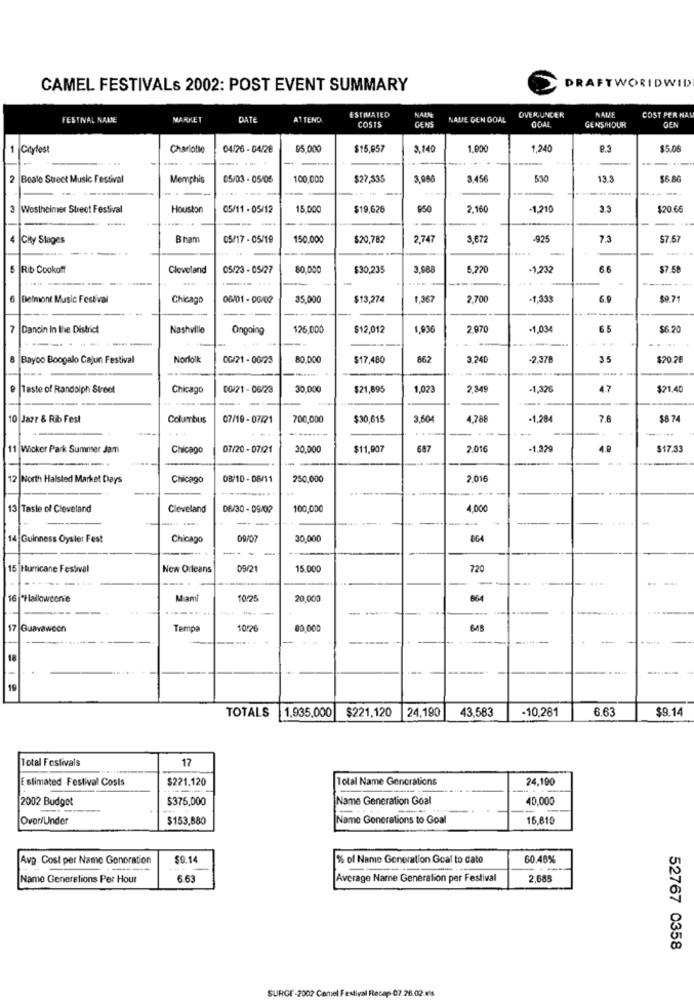
CAMEL FESTIVALS 2002: POST EVENT SUMMARY
DRAFTWORIDWID
ESTIMATED
NALNE
OVERUNGER
NALE
FESTIVAL NALE
MARKET
DATE
ATTEND
COSTS
GENS
NALE GEN GOAL
GOAL
GENSMOUR
COST PER NAL
DEN
Citylost
-
Charlotte
04/76 - 04/28
95,000
$15,057
3,140
1.000
1.240
9.3
$5.06
2
Boale Street Music Festival
Memphis
05/03 - 05/05
100,000
$27,335
3,956
3 456
530
13.3
$6.80
---
3
Westheimer Street Festival
Houston
05/11 - 05/12
15.000
$19,626
$50
2,160
-1,210
3.3
$20.66
---
4
City Stages
Bram
05/17 - 05/19
150.000
$20,782
2.747
3.672
-925
7.3
$7.67
Rib Cookoff
Cleveland
05/23 - 05/27
80,000
$30,235
3.988
5.220
-1,232
6.6
$7.50
6
Belmont Music Festival
Chicago
06/01 - 06/02
35,000
$13,274
1,367
2,700
-1,333
6.9
$9.71
7
Dancin In the Distric
Nashville
Ongoing
125,000
$12,012
1,93€
2.970
-1,03
6.5
$6.20
--
Bayoo Boogalo Cajun Festival
Norfolk
0G/21 - 00/23
80.000
$17,480
862
3.240
-2,278
3.5
$20.28
.... .
Taste of Randolph Street
Chicago
00/21 - 06/23
30.000
$21,695
1,023
2.34
-1,32
47
$21.40
10 Jazr & Rib Fest
Columbus
07/19 - 07/21
700,000
$30,615
3,604
4,788
-1,28
7.8
58 74
...
11 Wicker Park Summer Jam
Chicago
07/20 - 07/21
30.000
$11,907
687
2.01
-1,32
$17.33
12 North Halsted Market Days
Chicago
08/10 - 08/11
250.000
2.016
13|Taste of Cleveland
Cleveland
06/30 - 09/02
100,000
1.000
- -
....
14 Guinness Oyster Fest
Chicago
09/07
30,000
864
-
15 Hurricane Festival
New Orleans
09/21
15.000
720
16 "Halloweenie
Mam
10:28
20.000
664
...-
---
17
Guavawoon
Tampa
1016
80.000
648
18
19
TOTALS
1,935,000
$221,120
24,190
43,583
-10,281
6.63
$9.14
Total Festivals
17
Estimated Festival Costs
$221.120
Total Name Generations
24,190
2002 Budget
$375,000
Name Generation Goal
40,000
Over/Under
$153,880
Name Generations to Goal
15.810
Avp Cost per Name Gonoration
$9.14
% of Name Generation Goal to date
60.48%
Name Generelions Per Hour
6.63
Average Name Generation per Festival
2,685
52767 0358
SURGE-2002 Camel Festival Recap-07.28.02.1's